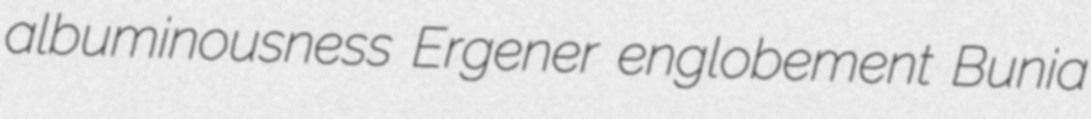
albuminousness Ergener englobement Bunia